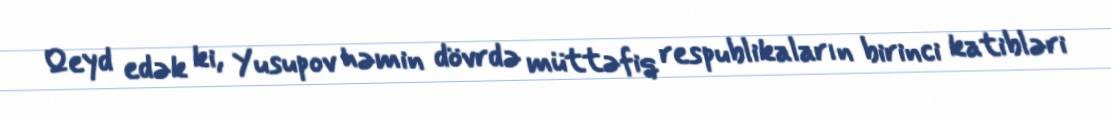
Qeyd edək ki, Yusupov həmin dövrdə müttəfiq respublikaların birinci katibləri